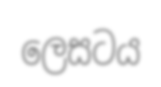
ලෙසටය